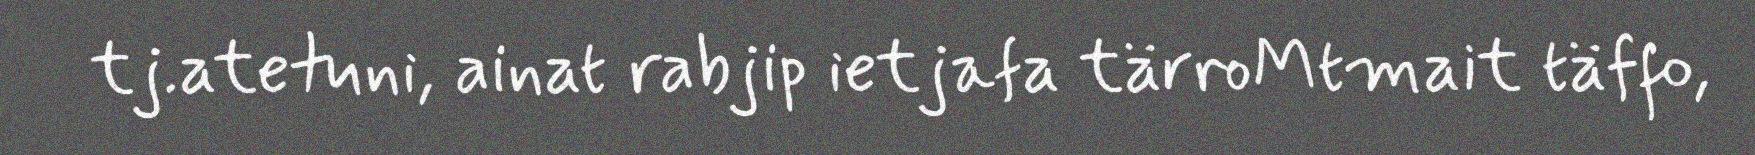
tj.atetuni, ainat rabjip ietjafa tärroMtmait täffo,